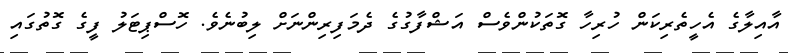
އާއިލާގެ އެހީތެރިކަން ހުރިހާ ގޮތަކުންވެސް އަޝްފާގުގެ ދެމަފިރިންނަށް ލިބުނެވެ. ހޮސްޕިޓަލު ފީގެ ގޮތުގައި